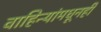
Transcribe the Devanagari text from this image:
वाहिन्यांमधूनही